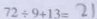
7 2 \div 9 + 1 3 = 2 1